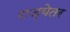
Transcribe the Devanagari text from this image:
राज्येतर